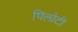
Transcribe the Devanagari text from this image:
पिलोटी